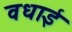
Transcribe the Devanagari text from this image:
वधाई